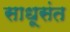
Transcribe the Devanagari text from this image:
साधूसंत